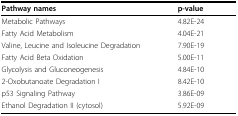
<table><thead><tr><td><b>Pathway names</b></td><td><b>p-value</b></td></tr></thead><tbody><tr><td>Metabolic Pathways</td><td>4.82E-24</td></tr><tr><td>Fatty Acid Metabolism</td><td>4.04E-21</td></tr><tr><td>Valine, Leucine and Isoleucine Degradation</td><td>7.90E-19</td></tr><tr><td>Fatty Acid Beta Oxidation</td><td>5.00E-11</td></tr><tr><td>Glycolysis and Gluconeogenesis</td><td>4.84E-10</td></tr><tr><td>2-Oxobutanoate Degradation I</td><td>8.42E-10</td></tr><tr><td>p53 Signaling Pathway</td><td>3.86E-09</td></tr><tr><td>Ethanol Degradation II (cytosol)</td><td>5.92E-09</td></tr></tbody></table>